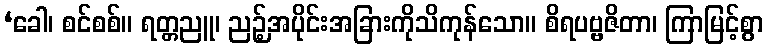
‘ခေါ၊ စင်စစ်။ ရတ္တညူ၊ ညဉ့်အပိုင်းအခြားကိုသိကုန်သော။ စိရပဗ္ဗဇိတာ၊ ကြာမြင့်စွာ